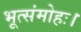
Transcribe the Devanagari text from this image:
भूत्संमोहः।